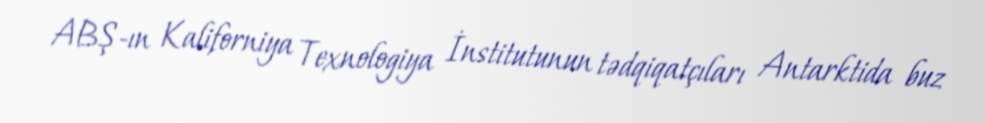
ABŞ-ın Kaliforniya Texnologiya İnstitutunun tədqiqatçıları Antarktida buz